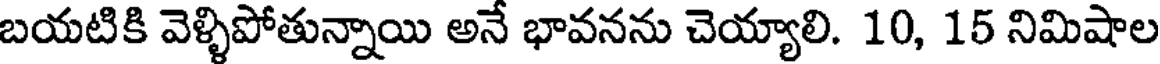
బయటికి వెళ్ళిపోతున్నాయి అనే భావనను చెయ్యాలి. 10, 15 నిమిషాల